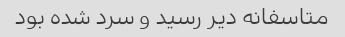
متاسفانه دیر رسید و سرد شده بود